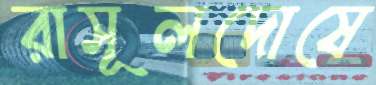
রাসূলদোষে